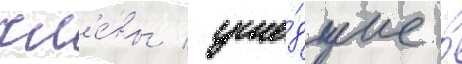
чл'е́ны / уше́дшие в